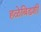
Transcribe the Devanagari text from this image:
हळेबिडशी